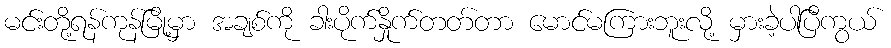
မင်းတို့ရန်ကုန်မြို့မှာ အချစ်ကို ခါးပိုက်နှိုက်တတ်တာ မောင်မကြားဘူးလို့ မှားခဲ့ပါပြီကွယ်